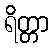
ရိတ္တာ